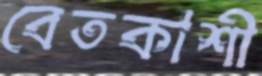
বেতকাশী